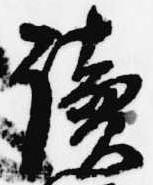
読